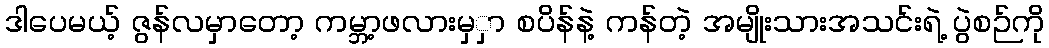
ဒါပေမယ့် ဇွန်လမှာတော့ ကမ္ဘာ့ဖလားမှှာ စပိန်နဲ့ ကန်တဲ့ အမျိုးသားအသင်းရဲ့ ပွဲစဉ်ကို